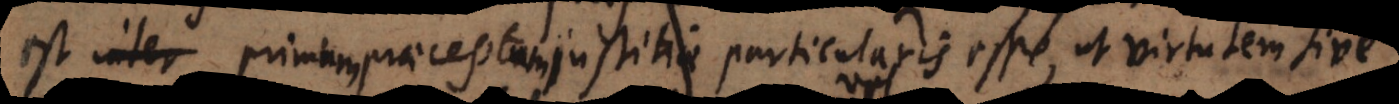
est, primum praeceptum justitiae particularis esse, ut virtutem sive